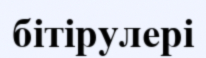
бітірулері